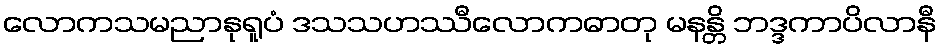
လောကသမညာနုရူပံ ဒသသဟဿီလောကဓာတု မနန္တိ ဘဒ္ဒကာပိလာနီ